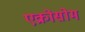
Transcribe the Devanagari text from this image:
एक्रोसोम